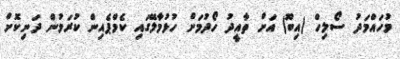
މުހައްމަދު ސޯލިހް (އިބޫ) އަށް ތާއީދު ހޯދުމަށް ހުޅުމާލޭގައި ކެމްޕެއިން ކުރަމުން ދަނިކޮށް